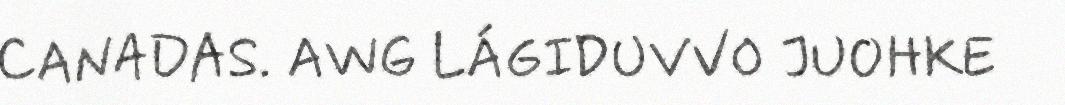
CANADAS. AWG LÁGIDUVVO JUOHKE